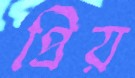
প্রিয়